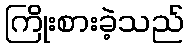
ကြိုးစားခဲ့သည်